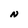
Character: N